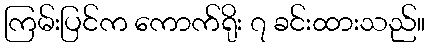
ကြမ်းပြင်က ကောက်ရိုး ၇ ခင်းထားသည်။